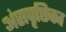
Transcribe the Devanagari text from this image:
अंसपृष्ठिका